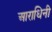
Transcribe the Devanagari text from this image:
आराधिनी